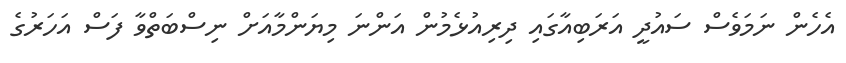
އެހެން ނަމަވެސް ސައުދީ އަރަބިއާގައި ދިރިއުޅެމުން އަންނަ މިޔަންމާއަށް ނިސްބަތްވާ ފަސް އަހަރުގެ